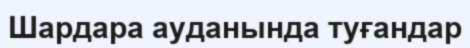
Шардара ауданында туғандар